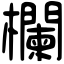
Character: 欄